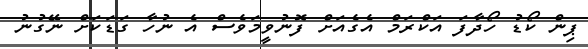
ޕިން ކޯޑު ހޯދާފަ އަކްރަމް އެގެއަށް ފޮނުވީމަވެސް އެ ނުހާ ގަޑަކަށް ނޭގުނު